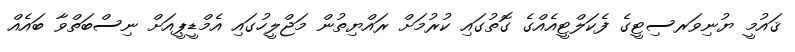
ޤައުމީ ޔުނިވަރސިޓީގެ ފެކަލްޓީއެއްގެ ގޮތުގައި ކުރުމަށް ރައްޔިތުން މަޖްލީހުގައި އެމްޑީޕީއަށް ނިސްބަތްވާ ބައެއް